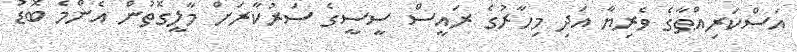
އަސްކަރިއްޠާގެ ވެރިޔާ އަދި މިހާރުގެ ރައީސް ސީސީގެ ސަރުކާރަށް މާލީގޮތުން އެންމެ ބޮޑު